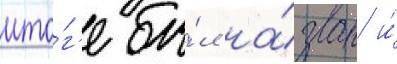
ито́г'е бы́л на́зван и́